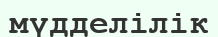
мүдделілік